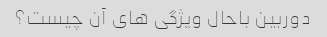
دوربین باحال ویژگی های آن چیست؟